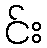
င်း